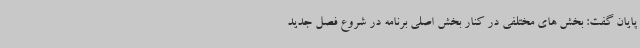
پایان گفت: بخش های مختلفی در کنار بخش اصلی برنامه در شروع فصل جدید